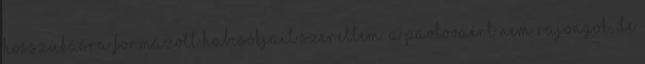
hosszúkásra formázott habcsókjait szerettem. A Pavlováért nem rajongok, de